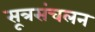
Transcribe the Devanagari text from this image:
सूत्रसंचलन